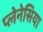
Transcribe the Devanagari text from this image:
प्लेनेसिया